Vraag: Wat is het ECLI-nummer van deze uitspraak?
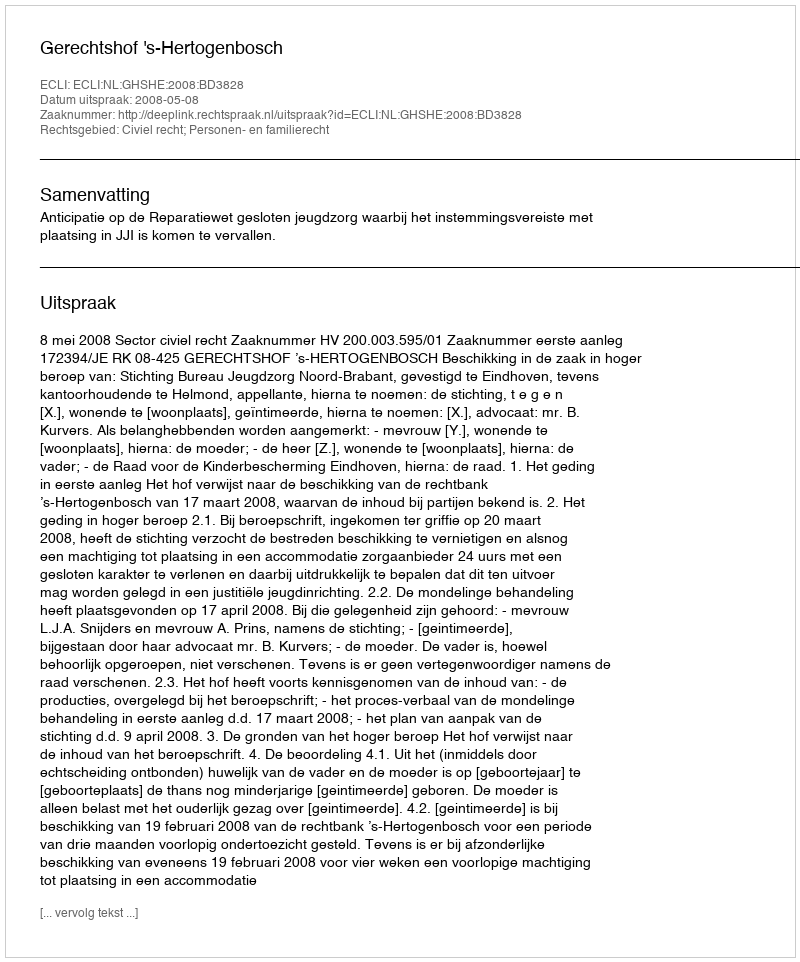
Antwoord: ECLI:NL:GHSHE:2008:BD3828